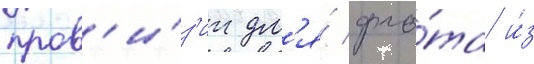
пров'и́з'ии дл'я́ фло́та и́з